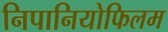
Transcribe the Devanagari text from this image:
निपानियोफिलम